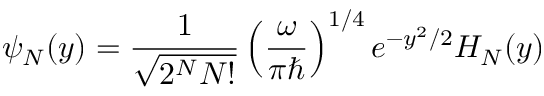
\psi _ { N } ( y ) = \frac { 1 } { \sqrt { 2 ^ { N } N ! } } \left( \frac { \omega } { \pi \hbar } \right) ^ { 1 / 4 } e ^ { - y ^ { 2 } / 2 } H _ { N } ( y )